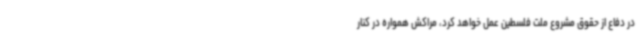
در دفاع از حقوق مشروع ملت فلسطین عمل خواهد کرد، مراکش همواره در کنار